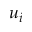
u _ { i }